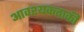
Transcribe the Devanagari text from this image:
आवश्‍यकताकी